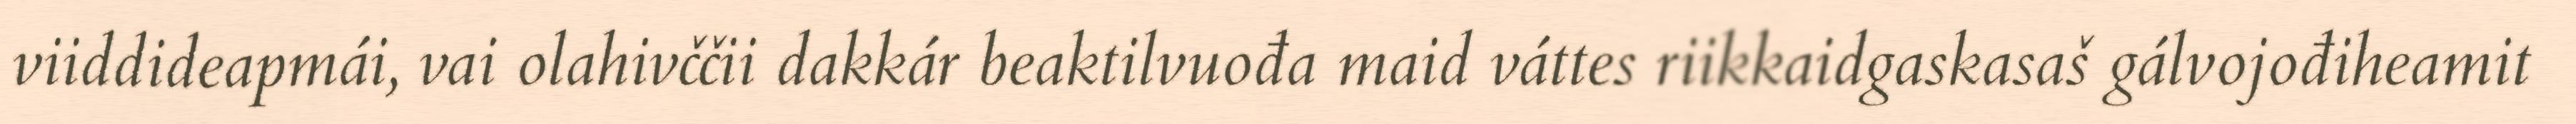
viiddideapmái, vai olahivččii dakkár beaktilvuođa maid váttes riikkaidgaskasaš gálvojođiheamit